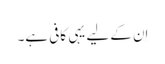
اِن کے لیے یہی کافی ہے۔